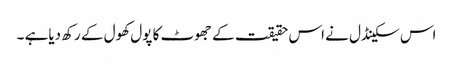
اس سکینڈل نے اس حقیقت کے جھوٹ کا پول کھول کے رکھ دیاہے ۔